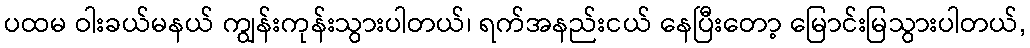
ပထမ ဝါးခယ်မနယ် ကျွန်းကုန်းသွားပါတယ်၊ ရက်အနည်းငယ် နေပြီးတော့ မြောင်းမြသွားပါတယ်,